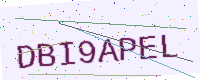
Text: DBI9APEL